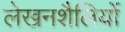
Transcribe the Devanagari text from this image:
लेखनशैलियों